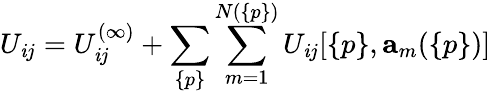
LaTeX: U_{\mathit{i}j}=U_{\mathit{i}j}^{(\infty)}+\sum_{\{ p\} }\sum_{m=1}^{N(\{ p\} )}U_{\mathit{i}j}[\{ p\} ,{\mathbf{a}}_{m}(\{ p\} )]